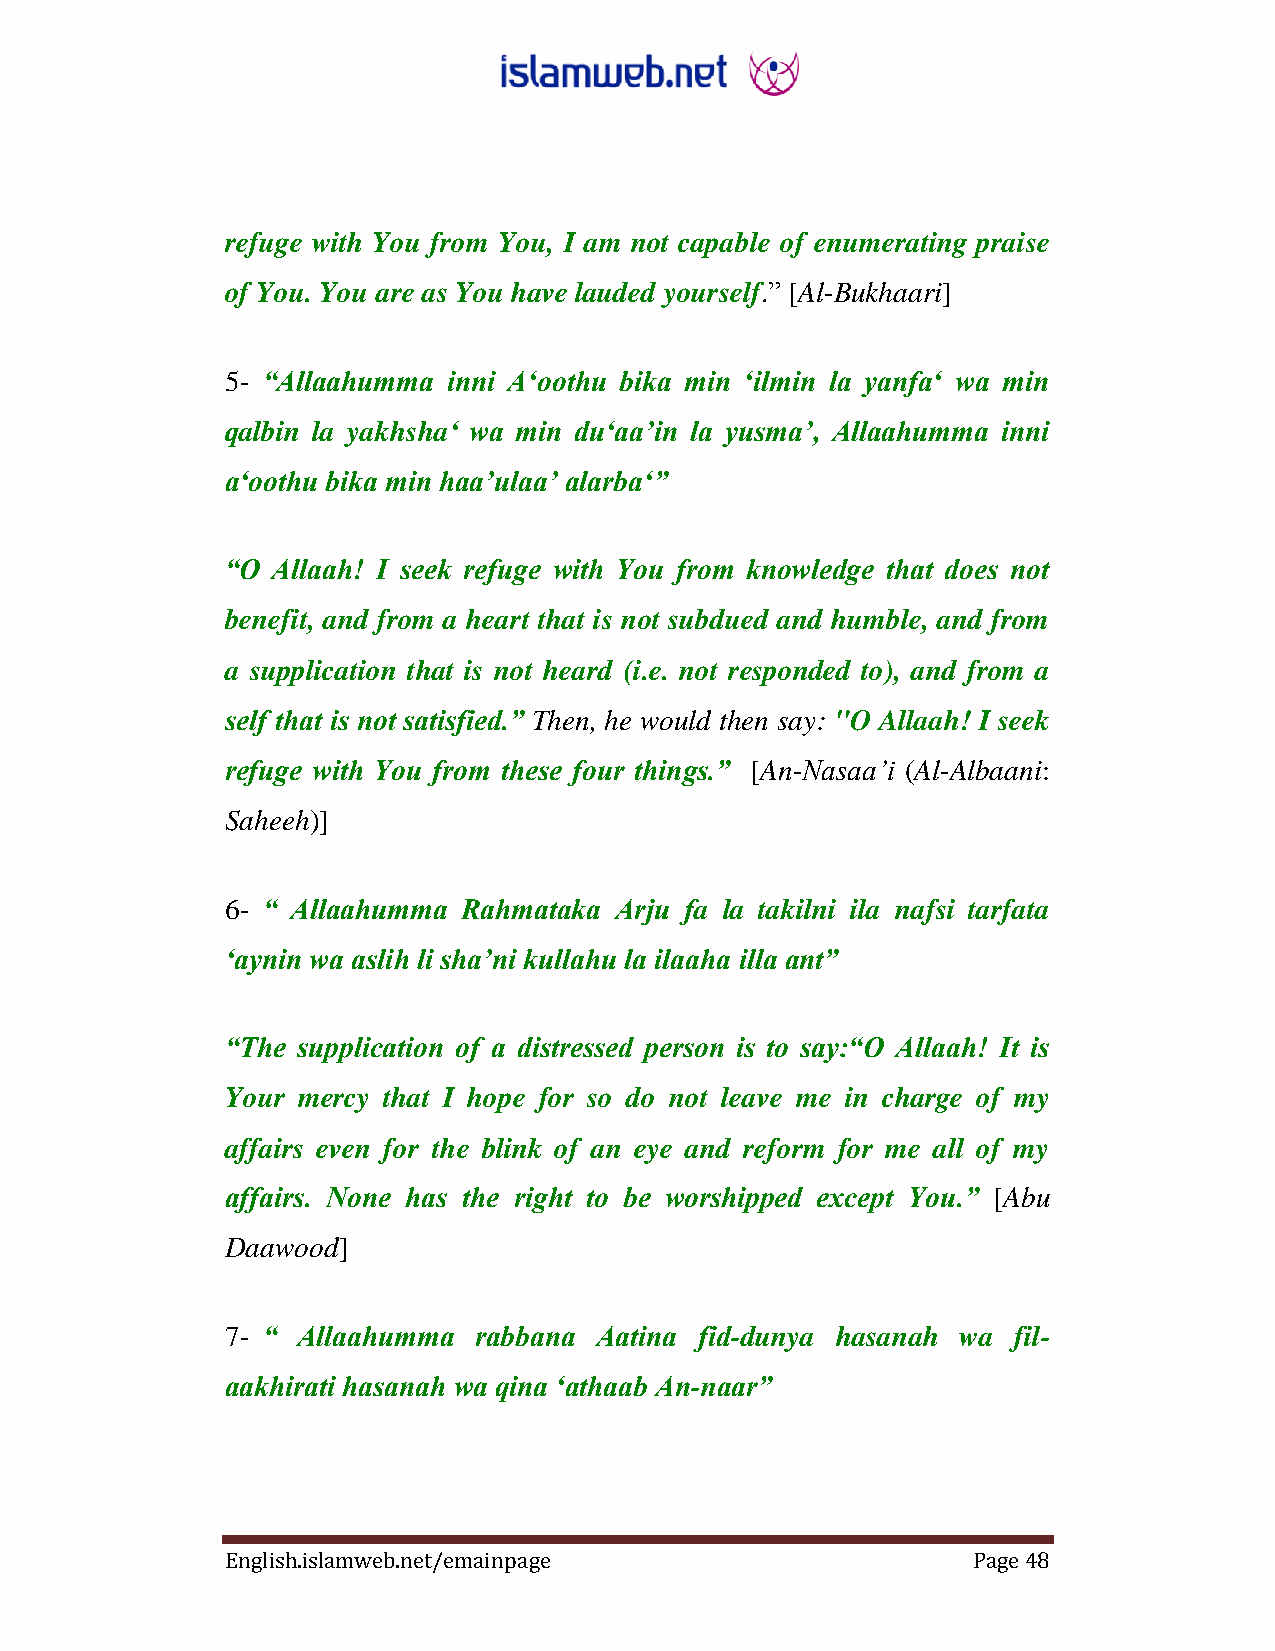
refuge with You from You, I am not capable of enumerating praise
 of You. You are as You have lauded yourself.” ‎[Al-Bukhaari]‎
 5- “Allaahumma inni A„oothu bika min „ilmin la yanfa„ wa min
 qalbin la yakhsha„ wa min du„aa‟in la yusma‟, Allaahumma inni
 a„oothu bika min haa‟ulaa‟ alarba„”
 “O Allaah! I seek refuge with You from knowledge that does not
 benefit, and from a heart that is not subdued and humble, and from
 a supplication that is not heard (i.e. not responded to), and from a
 self that is not satisfied.” Then, he would then say: "O Allaah! I seek
 refuge with You from these four things.” ‎‎[An-Nasaa‟i (Al-Albaani:
 Saheeh)]‎
 6- “ Allaahumma Rahmataka Arju fa la takilni ila nafsi tarfata
 „aynin wa aslih li sha‟ni kullahu la ilaaha illa ant”
 “The supplication of a distressed person is to say:“O Allaah! It is
 Your mercy that I hope for so do not leave me in charge of my
 affairs even for the blink of an eye and reform for me all of my
 affairs. None has the right to be worshipped except You.” ‎[Abu
 Daawood]‎
 7- “ Allaahumma rabbana Aatina fid-dunya hasanah wa fil-
 aakhirati hasanah wa qina „athaab An-naar”
 English.islamweb.net/emainpage                   Page 48